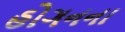
હોગનના